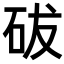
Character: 𥑕